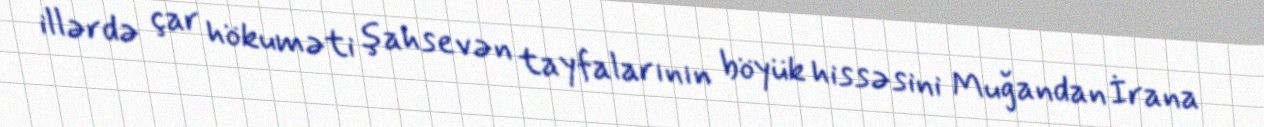
illərdə çar hökuməti şahsevən tayfalarının böyük hissəsini Muğandan İrana